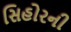
સિહોરની